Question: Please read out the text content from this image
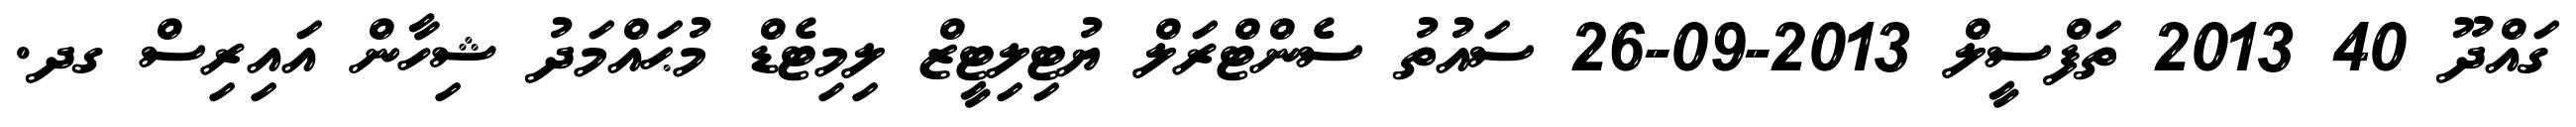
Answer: ގައްދޫ 40 2013 ތަފްސީލް 2013-09-26 ސައުތު ސެންޓްރަލް ޔުޓިލިޓީޒް ލިމިޓެޑް މުޙައްމަދު ޝިހާން އައިރިސް ގދ.